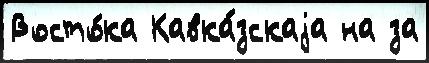
Восто́ка Кавка́зскаjа на за